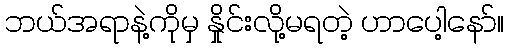
ဘယ်အရာနဲ့ကိုမှ နှိုင်းလို့မရတဲ့ ဟာပေါ့နော်။